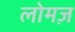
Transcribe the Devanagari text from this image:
लोमज़